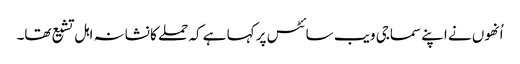
اُنھوں نے اپنے سماجی ویب سائٹس پر کہا ہے کہ حملے کا نشانہ اہل تشیع تھا۔